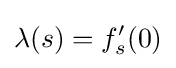
\lambda (s)=f_{s}^{\prime }(0)